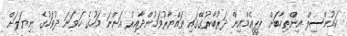
ކައުންސިލް އިންތިހާބަށް ޕީޕީއެމްއިން ދަރުބާރުގޭގައި ތައްޔާރުވަމުންދާއިރު އަންނަ މަހުގެ ހަވަނަ ދުވަހުގެ ނިޔަލަށް